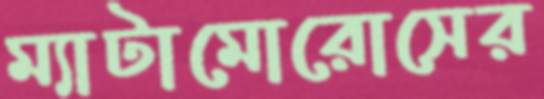
ম্যাটামোরোসের